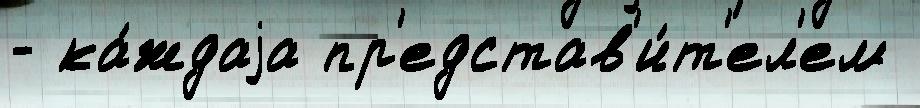
- ка́ждаjа пр'едстав'и́т'ел'ем